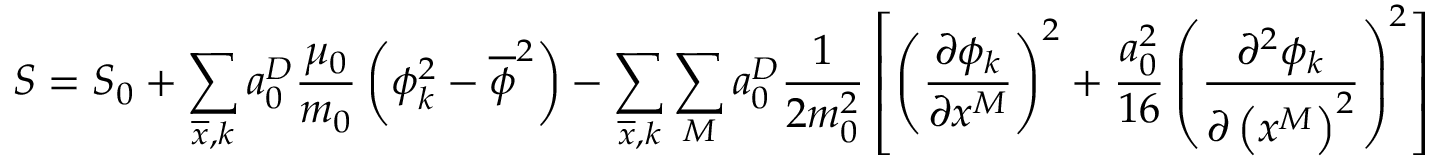
S = S _ { 0 } + \sum _ { \overline { { x } } , k } a _ { 0 } ^ { D } \frac { \mu _ { 0 } } { m _ { 0 } } \left( \phi _ { k } ^ { 2 } - \overline { { \phi } } ^ { 2 } \right) - \sum _ { \overline { { x } } , k } \sum _ { M } a _ { 0 } ^ { D } \frac { 1 } { 2 m _ { 0 } ^ { 2 } } \left[ \left( \frac { \partial \phi _ { k } } { \partial x ^ { M } } \right) ^ { 2 } + \frac { a _ { 0 } ^ { 2 } } { 1 6 } \left( \frac { \partial ^ { 2 } \phi _ { k } } { \partial \left( x ^ { M } \right) ^ { 2 } } \right) ^ { 2 } \right]